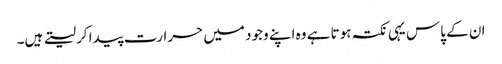
ان کے پاس یہی نکتہ ہوتا ہے وہ اپنے وجود میں حرارت پیدا کرلیتے ہیں۔